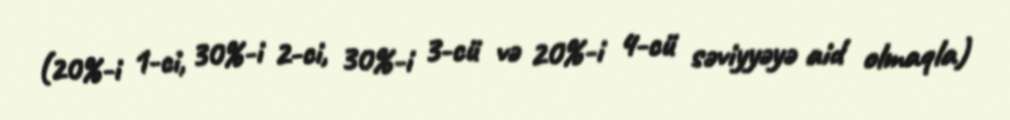
(20%-i 1-ci, 30%-i 2-ci, 30%-i 3-cü və 20%-i 4-cü səviyyəyə aid olmaqla)